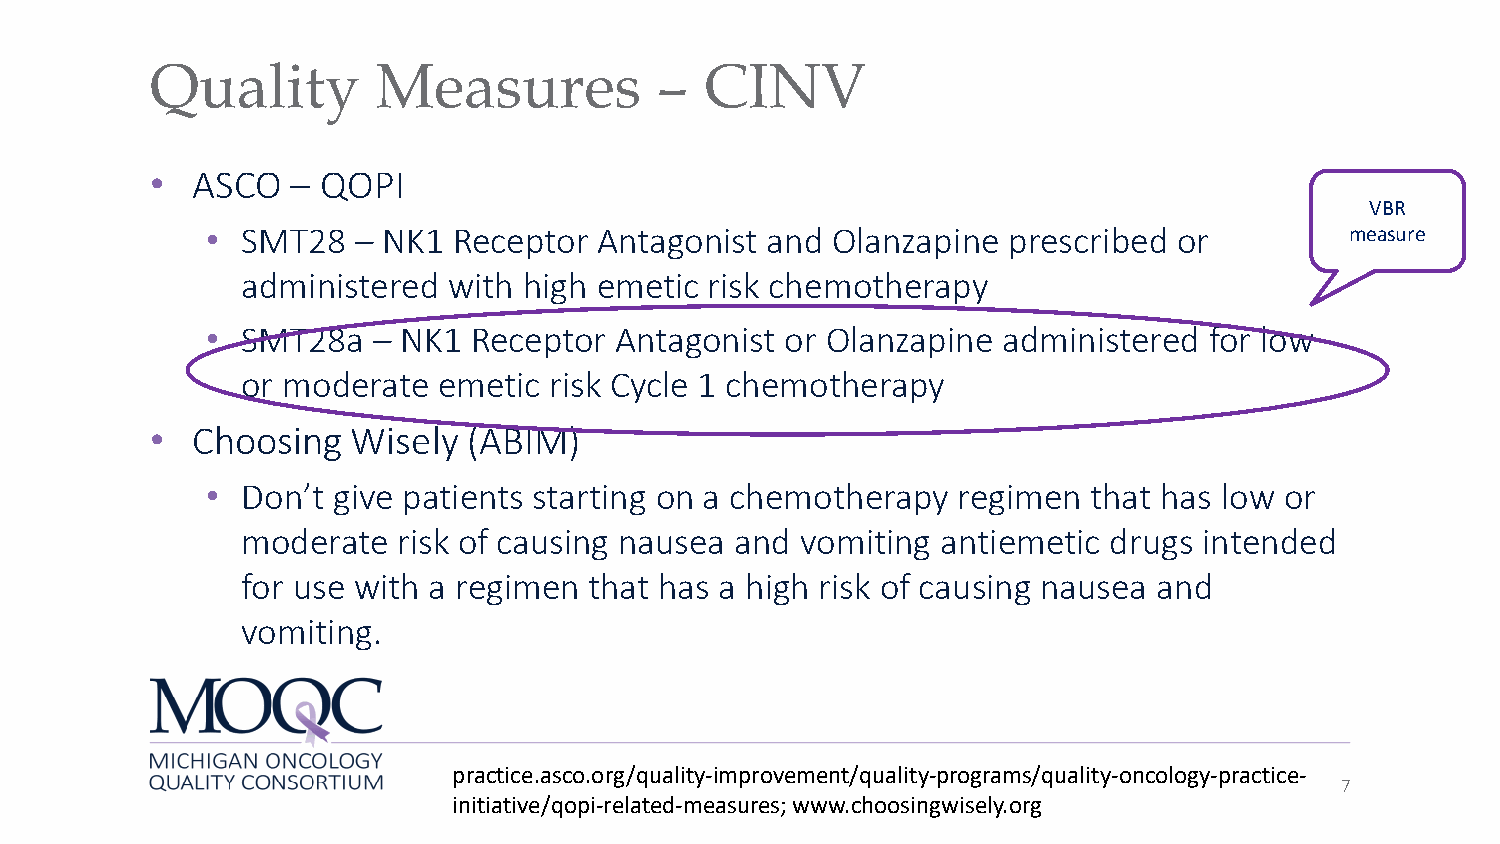
Quality        Measures          –   CINV
 •  ASCO  – QOPI
 VBR
 • SMT28  – NK1  Receptor  Antagonist and Olanzapine  prescribed or         measure
 administered  with high emetic risk chemotherapy
 • SMT28a   – NK1 Receptor  Antagonist or Olanzapine administered  for low
 or moderate  emetic risk Cycle 1 chemotherapy
 •  Choosing  Wisely  (ABIM)
 • Don’t give patients starting on a chemotherapy regimen  that has low or
 moderate  risk of causing nausea and vomiting antiemetic drugs  intended
 for use with a regimen that has a high risk of causing nausea and
 vomiting.
 practice.asco.org/quality-improvement/quality-programs/quality-oncology-practice-
 7
 initiative/qopi-related-measures; www.choosingwisely.org